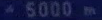
*5000m